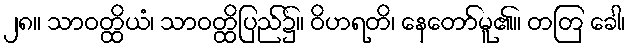
၂၈။ သာဝတ္ထိယံ၊ သာဝတ္ထိပြည်၌။ ဝိဟရတိ၊ နေတော်မူ၏။ တတြ ခေါ၊